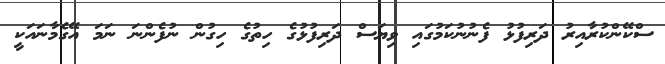
ސްކޭންކުރާއިރު ދަރިފުޅު ފެނުނުކަމުގައި ވިޔަސް ދަރިފުޅުގެ ހިތުގެ ހިގުން ނުފެންނަ ނަމަ އޭގެމާނައަކީ